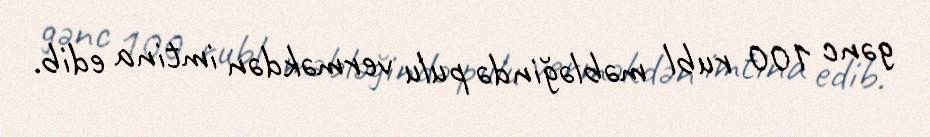
gənc 100 rubl məbləğində pulu verməkdən imtina edib.